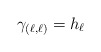
\begin{align*} \gamma_{(\ell,\ell)}= h_{\ell}\end{align*}